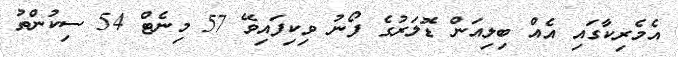
އެމެރިކާގައި އެއް ބިލިއަން ޑޮލަރުގެ ފޯނު ވިކިފައިވޭ 57 މިނެޓް 54 ސިކުންތު